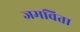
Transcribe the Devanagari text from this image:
जमविता